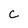
Character: c